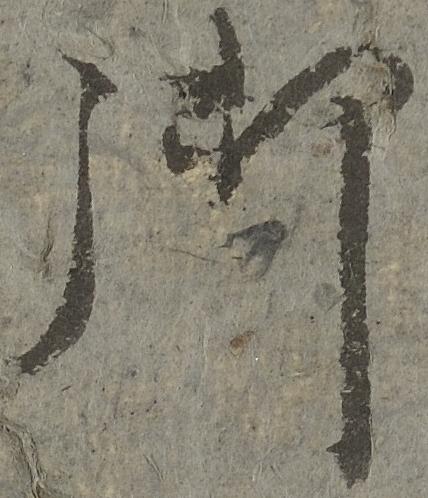
御